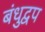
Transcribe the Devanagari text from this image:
बंधुद्वप